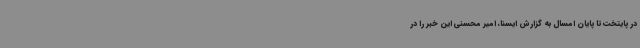
در پایتخت تا پایان امسال به گزارش ایسنا، امیر محسنی این خبر را در